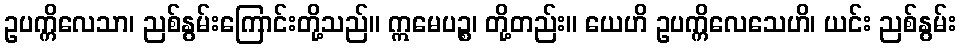
ဥပက္ကိလေသာ၊ ညစ်နွမ်းကြောင်းတို့သည်။ ဣမေပဉ္စ၊ တို့တည်း။ ယေဟိ ဥပက္ကိလေသေဟိ၊ ယင်း ညစ်နွမ်း